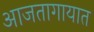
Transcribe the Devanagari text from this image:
आजतागायात